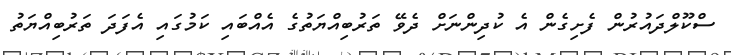
ސްކޫލްދައުރުން ފެށިގެން އެ ކުދިންނަށް ދެވޭ ތަރުބިއްޔަތުގެ އެއްބައި ކަމުގައި އެފަދަ ތަރުބިއްޔަތު